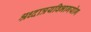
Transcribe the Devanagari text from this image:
श्रध्दात्रयविभागयोग